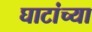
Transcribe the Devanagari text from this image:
घाटांच्या